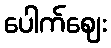
ပေါက်ဈေး